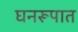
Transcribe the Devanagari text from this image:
घनरूपात